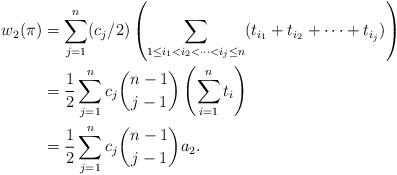
LaTeX: \begin{align*}w_2(\pi) &= \sum\limits_{j=1}^n (c_j/2)\left(\sum\limits_{1 \leq i_1 < i_2 < \cdots < i_j \leq n}(t_{i_1} + t_{i_2}+ \cdots + t_{i_j})\right)\\&=\frac{1}{2} \sum\limits_{j=1}^n c_j\binom{n-1}{j-1}\left(\sum\limits_{i=1}^n t_i\right)\\&=\frac{1}{2}\sum\limits_{j=1}^n c_j\binom{n-1}{j-1}a_2.\end{align*}